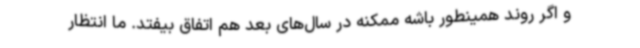
و اگر روند همینطور باشه ممکنه در سال‌های بعد هم اتفاق بیفتد. ما انتظار